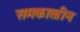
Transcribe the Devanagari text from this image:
समकाल्रीन